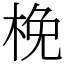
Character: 梚